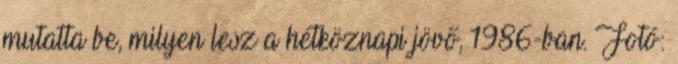
mutatta be, milyen lesz a hétköznapi jövő, 1986-ban. Fotó: